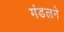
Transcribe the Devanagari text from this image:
मंडलने